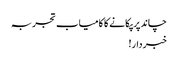
چاند پر پکانے کا کامیاب تجربہ
خبردار!